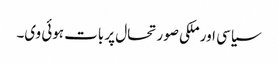
سیاسی اور ملکی صورتحال پر بات ہوئی وی۔